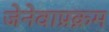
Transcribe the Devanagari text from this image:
जेनेवाप्रक्रम